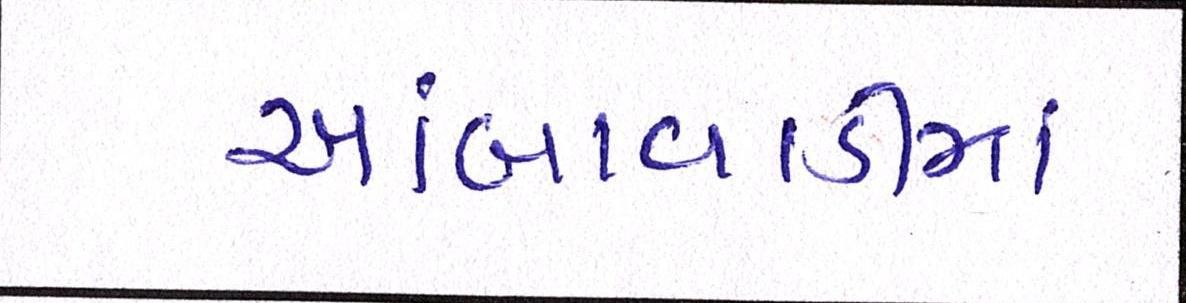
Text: આંબાવાડીમાં